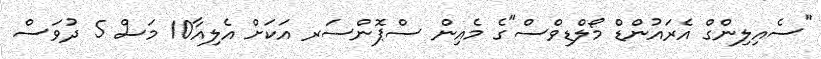
"ސެއިލިންގް އެރައުންޑް މޯލްޑިވްސް"ގެ މެއިން ސްޕޮންސަރ އަކަށް އެލިއާ10 މަސް 5 ދުވަސް